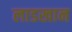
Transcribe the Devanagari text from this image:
लाडखान